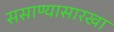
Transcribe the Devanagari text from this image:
ससाण्यासारखा